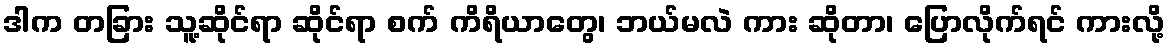
ဒါက တခြား သူ့ဆိုင်ရာ ဆိုင်ရာ စက် ကိရိယာတွေ၊ ဘယ်မလဲ ကား ဆိုတာ၊ ပြောလိုက်ရင် ကားလို့